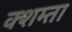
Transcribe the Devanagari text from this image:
क्शम्ता